Report on vaccination in Madras 1904-1921 - 1904-1921
Year: 1904
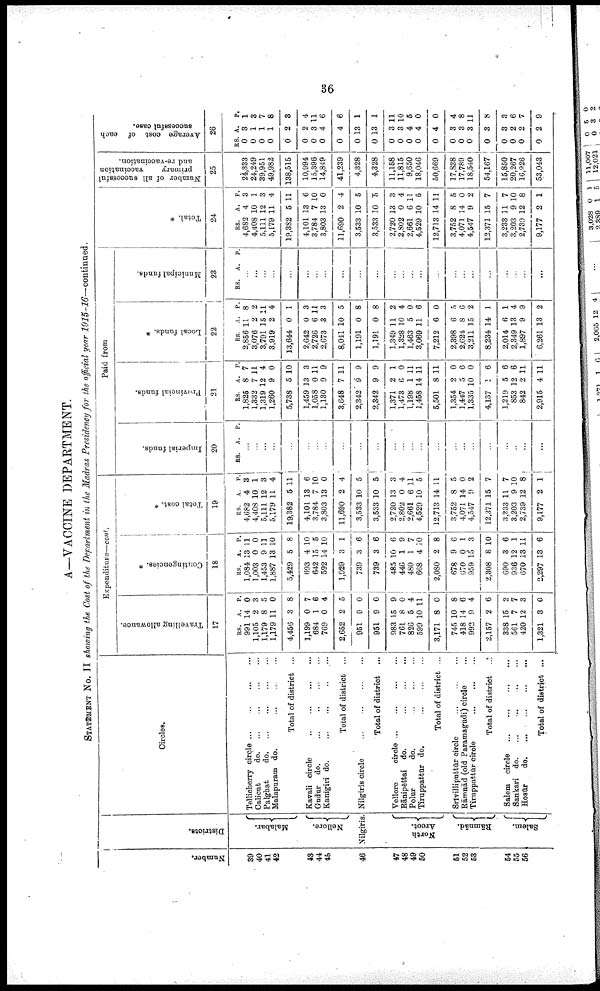
36
A—VACCINE DEPARTMENT.
STATEMENT No. II showing the Cost of the Department in the Madras Presidency for the official year 1915-16—continued.
Number.
39
40
41
42
43
44
46
46
47
48
49
50
61
52
53
54
55
56
Districts.
Malabar.
Nellore.
Nilgiris.
North
Arcot.
Rāmnād.
Salem.
Circles.
Tellicherry circle...
... ... ...
Calicut do... ... ... ...
Palghat
do... ... ... ...
Malapuram do. ... ... ... ...
Total of district ... ... ...
Kavali circle... ... ... ...
Gudur do.
...
...
...
...
Kanigiri do. ... ... ...
Total of district ...
Nilgais
circle...
...
...
...
Total of district ...
Vellore circle... ... ... ... ...
Rānipēttai do. ... ... ...
Polar
do.
Tiruppattūr do.
Total of district ...
Srivilliputtūr circle... ... ... ...
Rāmnād (old Paramagudi) circle...
Tiruppattūr circle
...
...
Total of district ..*
Salem circle... .
.
. ... ... ...
Sankari do... ... ... ... ...
Hosūr
do. ... ...
...
Total of district ...
Expenditure—cont.
Travelling allowance.
17
RS.
991
1,105
1,179
1,179
4,456
1,199
684
769
2,652
951
951
983
761
826
599
3,171
745
418
992
2,157
338
561
420
1,321
A.
14
2
8
11
3
0
1
0
2
9
9
15
8
5
10
8
10
14
9
2
15
7
12
3
P.
0
3
5
0
8
7
6
4
5
0
0
9
0
4
11
0
8
6
4
6
2
7
3
0
Contingencies. *
18
RS.
1,084
1,003
1,453
1,887
5,429
693
642
592
1,929
739
739
485
446
480
668
2,080
678
670
959
2,308
690
936
670
2,297
A.
13
0
9
13
5
4
15
14
3
3
3
10
1
1
4
2
9
0
15
8
3
12
13
13
P.
11
0
11
10
8
10
5
10
1
6
6
6
9
7
10
8
6
1
3
10
6
1
11
6
Total cost. *
19
RS.
4,682
4,408
5,111
5,179
19,382
4,101
3,784
3,803
11,690
3,533
3,533
2,720
2,802
2,661
4,529
12,713
3,752
4,071
4,547
12,371
3,233
3,203
2,739
9,177
A.
4
10
12
11
5
13
7
13
2
10
10
13
0
6
10
14
8
14
9
15
11
9
12
2
P.
3
1
3
4
11
6
10
0
4
5
5
3
4
11
5
11
5
0
2
7
7
10
8
1
Paid from
Imperial funds.
20
RS. A
P.
...
...
...
...
...
...
...
...
...
...
...
...
...
...
...
...
...
...
...
...
...
..
...
...
Provincial funds.
21
RS.
1,825
1,332
1,319
1,260
5,738
1,459
1,058
1,130
3,648
2,342
2,342
1,371
1,473
1,198
1,458
5,501
1,354
1,447
1,335
4,137
1,219
853
842
2,915
A.
8
7
12
9
5
13
0
9
7
9
9
2
6
1
14
8
2
5
10
1
5
12
2
4
P.
7
11
4
0
10
3
11
9
11
9
9
1
0
11
11
11
0
6
0
6
6
6
11
11
Local funds. *
22
RS.
2,856
3,076
3,791
3,919
13,644
2,642
2,726
2,673
8,041
1,191
1,191
1,349
1,328
1,463
3,069
7,212
2,398
2,624
3,211
8,234
2,014
2,349
1,897
6,261
A.
11
2
15
2
0
0
6
3
10
0
0
11
10
5
11
6
6
8
15
14
6
13
9
13
P.
8
2
11
4
1
3
11
3
5
8
8
2
4
0
6
0
5
6
2
1
1
4
9
2
Municipal funds.
23
RS. A.
P.
...
...
...
...
...
...
...
...
...
...
...
...
...
...
...
...
...
...
...
...
...
...
...
...
Total. *
24
RS.
4,682
4,408
5,111
5,179
19,382
4,101
3,784
3,803
11,690
3,533
3,533
2,720
2,802
2,661
4,529
12,713
3,752
4,071
4,547
13,371
3,233
3,203
2,739
9,177
A.
4
10
12
11
5
13
7
13
2
10
10
13
0
6
10
14
8
14
9
15
11
9
12
2
P.
3
1
3
4
11
6
10
0
4
5
5
3
4
11
5
11
5
0
2
7
7
10
8
1
Number of all successful
primary
vaccination
and re-vaccination.
25
24,333
24,249
39,951
49,982
138,515
10,994
15,396
14,849
41,239
4,328
4,328
11,158
11,815
9,650
18,046
50,669
17,838
17,789
18,540
54,167
15,850
20,267
16,926
53,043
Average cost of each
successful case.
26
RS.
0
0
0
0
0
0
0
0
0
0
0
0
0
0
0
0
0
0
0
0
0
0
0
0
A.
3
1
1
1
2
2
3
4
4
13
13
3
3
4
4
4
3
3
3
3
3
2
2
2
P.
1
3
7
8
3
4
11
6
6
1
1
11
10
5
0
0
4
8
1
8
3
6
7
9